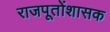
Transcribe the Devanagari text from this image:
राजपूतोंशासक